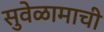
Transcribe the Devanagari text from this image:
सुवेळामाची